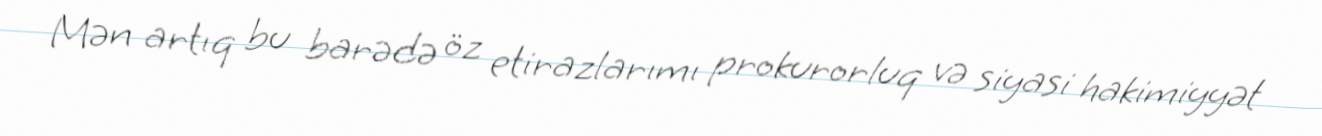
Mən artıq bu barədə öz etirazlarımı prokurorluq və siyasi hakimiyyət